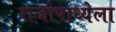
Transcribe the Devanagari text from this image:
राजोपाध्येला